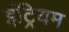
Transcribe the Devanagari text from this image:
ईट्रियम